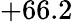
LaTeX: +66.2